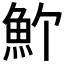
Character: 𩵜